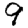
Digit: 9